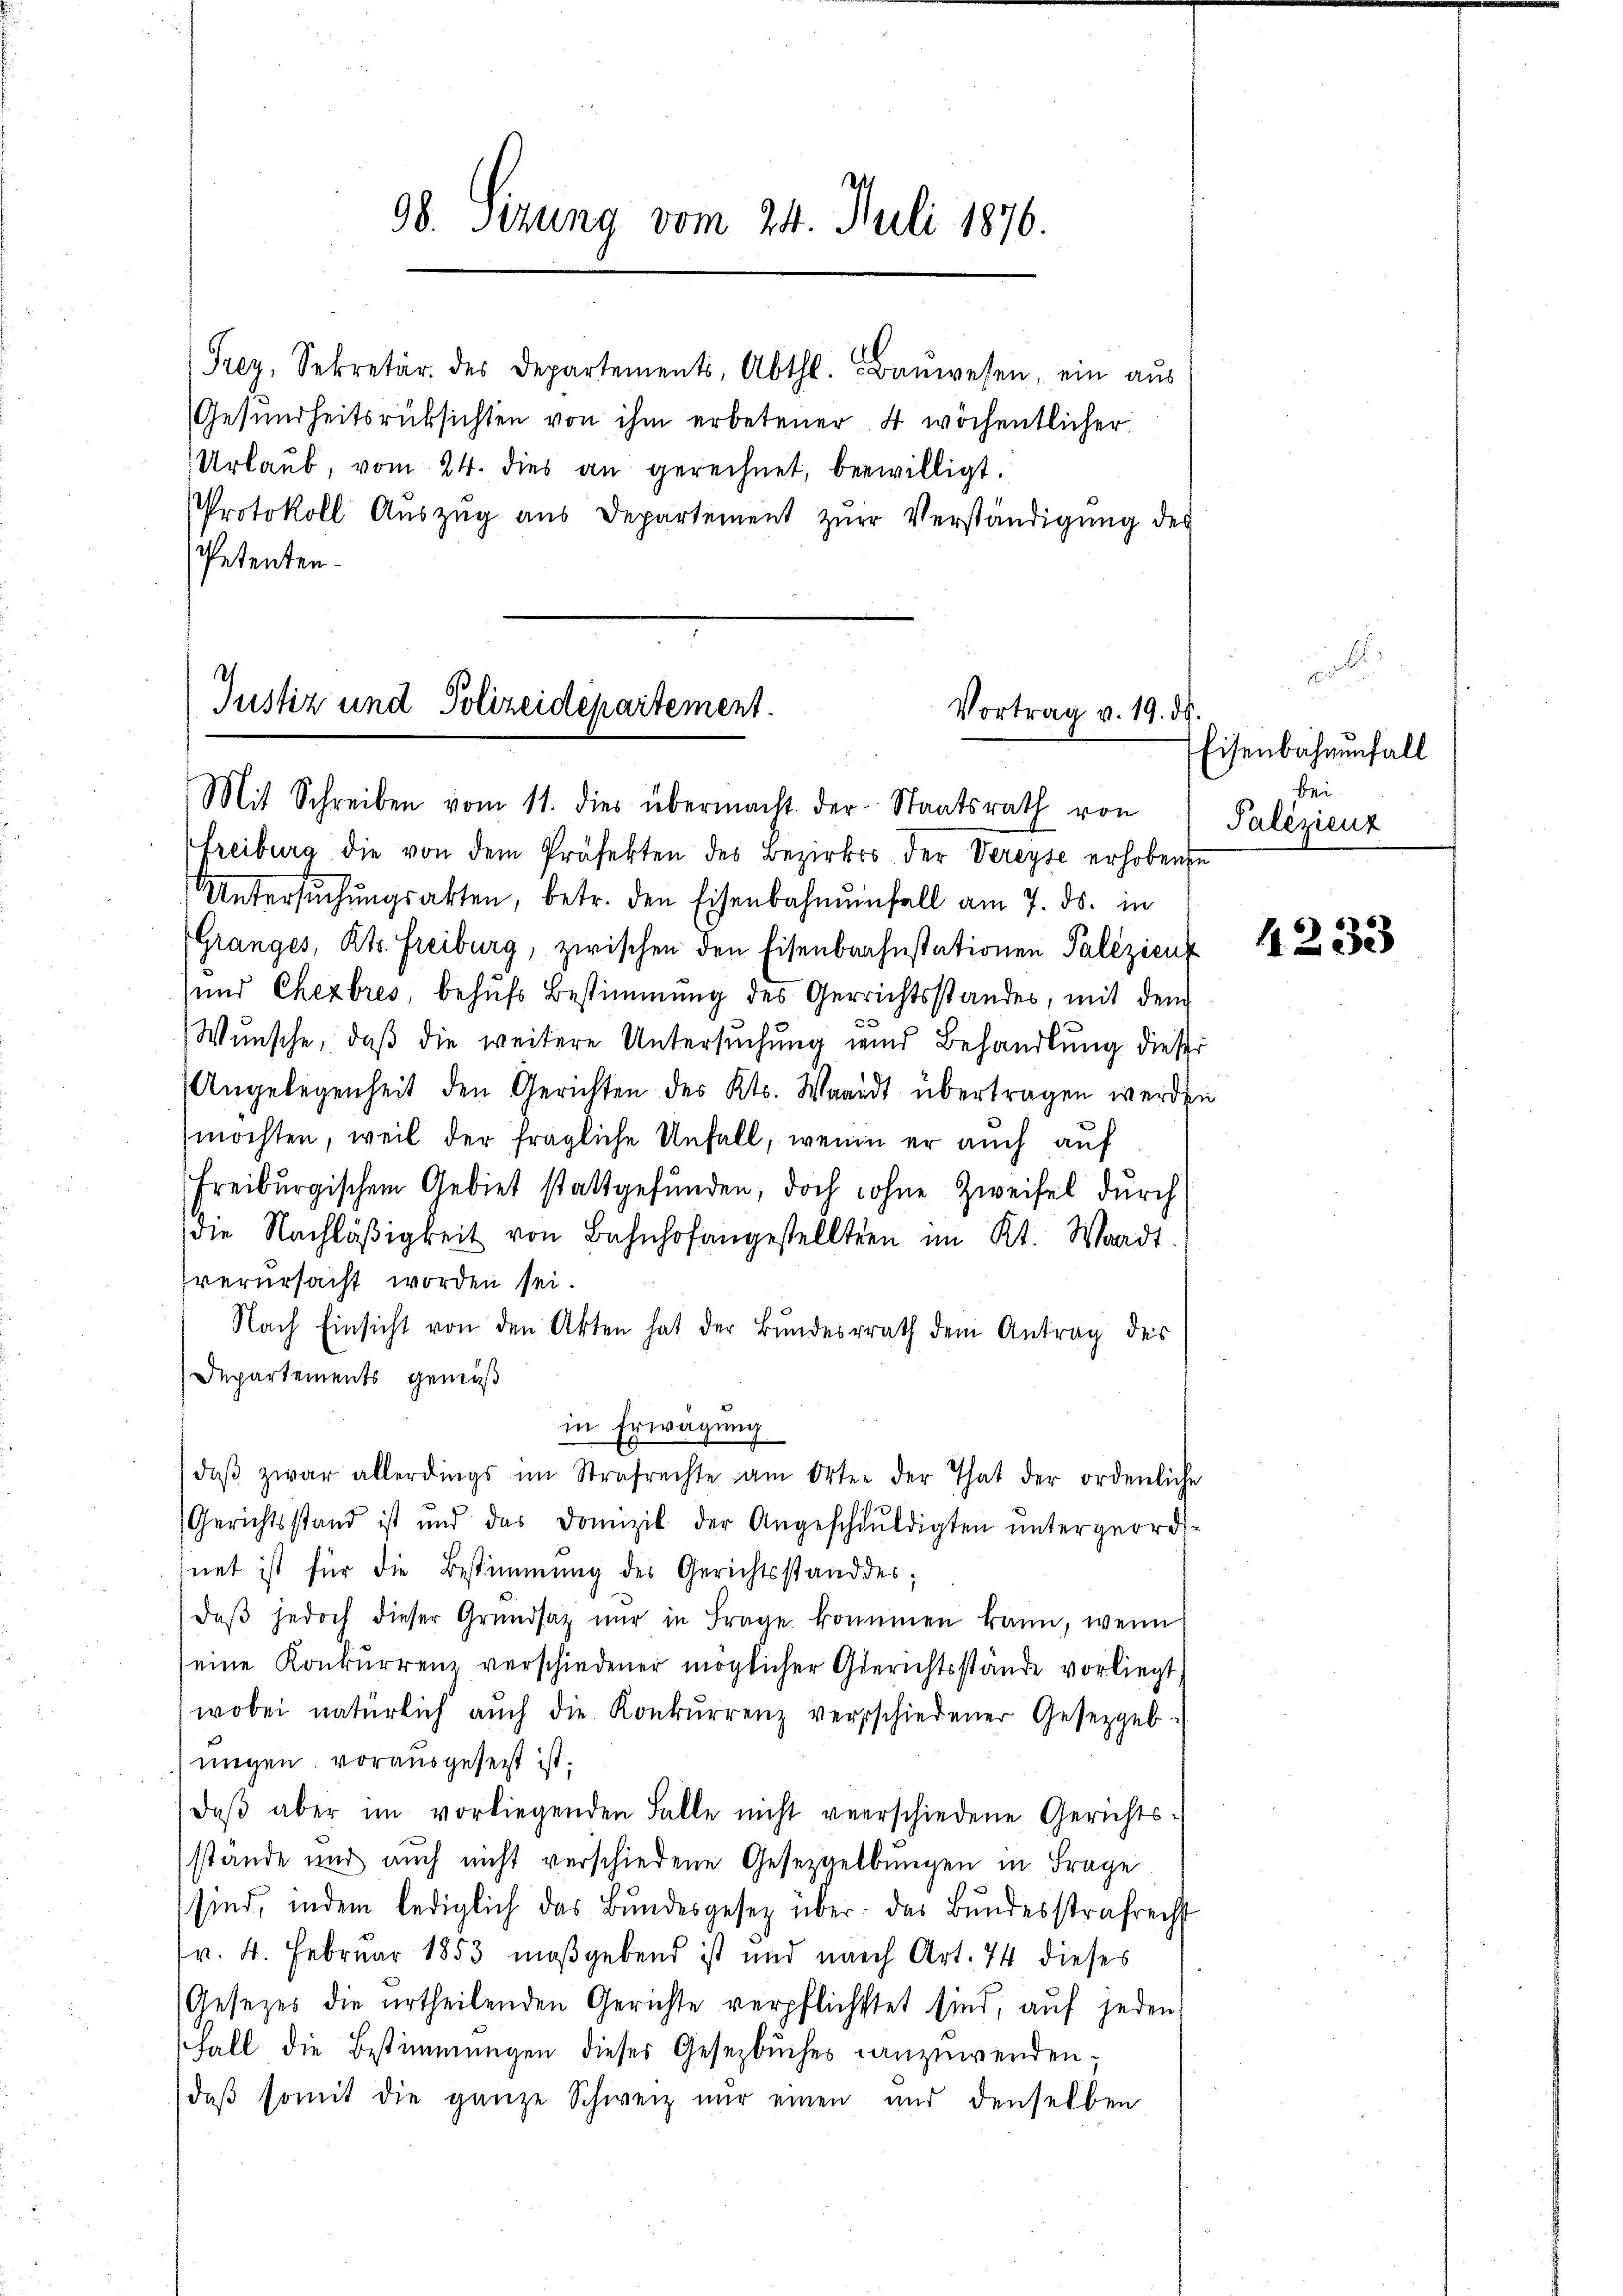
98. Sizung vom 24. Juli 1876.

Frey, Sekretär des Departements, Abthl. Baŭwesen, ein aus
Gesundheitsrüksichten von ihm erbetener 4 wöchentlicher
Urlaŭb, vom 24. dies an gerechnet, bewilligt.
PProtokoll Aŭszŭg aŭs Departement zŭr Verständigŭng des
Petenten.

Justiz und Polizeidepartement.
Vortrag v. 19. d.
Mit Schreiben vom 11. dies übermacht der Staatsrath von

Freiburg die von dem Präfekten des Bezirks der Vereyse erhobenen
Untersŭchŭngsakten, betr. den Eisenbahnenfall am 7. ds. in
(Granges, Kts. Freiburg, zwischen den Eisenbaahnstationen Palizienz
und Chezbres, behufs Bestimmung des Gerrichtsstandes, mit dem
Wunsche, daß die weitere Untersuchung wird Behandlung dieser
Angelegenheit den Gerichten des Kts. Waadt übertragen werden
möchten, weil der fragliche Unfall, wenn er auch auf
Freiburgischem Gebiet stattgefunden, doch ohne Zweifel durch
die Nachläßigkeit von Bahnhofangestelltern im Kt. Waadt
verursacht worden sei.
Nach Einsicht von den Akten hat der Bundesrath dem Antrag des
Departements gemäß
in Erwägung
daβ zwar allerdings im Strafrechte am Orten der That der ordenliche
Gerichtsstand ist und das Domizil der Angeschŭldigten ŭntergeord-
net ist für die Bestimmung des Gerichtsstand des;
daβ jedoch dieser Grŭndsatz nur in Frage kommen kann, wenn
eine Konkurrenz verschiedener möglicher Gerichtsstände vorliegt,
wobei natürlich aŭch die Konkŭrrenz verschiedener Gesetzgeb-
migen, vorausgesezt ist.
daβ aber im vorliegenden Falle nicht verschiedene Gerichts-
stande und auch nicht verschiedene Gesetzgelbŭngen in Frage
sind, indem lediglich das Bundesgesetz über das Bundesstrafrecht
v. 4. Februar 1853 maßgebend ist und nach Art. 74 dieses
Gesezes die urtheilenden Gerichte verpflichstet sind, auf jeden
Fall die Bestimmungen dieses Gesetzbuches anzuwenden,
daβ somit die ganze Schweiz nur einen und denselben

Eisenbahnenfall
bei
Palizienz

4233